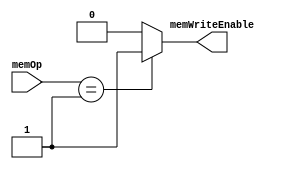
module MEM_W_EN (
    input [1:0] memOp,
    output reg memWriteEnable
);

// Define memory operations
parameter MEM_READ = 2'b00;
parameter MEM_WRITE = 2'b01;
parameter MEM_NONE = 2'b10;

always @* begin
    // Enable memory write for MEM_WRITE operation
    if (memOp == MEM_WRITE)
        memWriteEnable = 1'b1;
    else
        memWriteEnable = 1'b0;
end

endmodule // MEM_W_EN